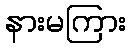
နားမကြား